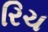
રિચ